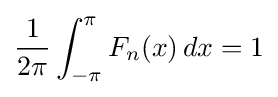
{\frac {1}{2\pi }}\int _{-\pi }^{\pi }F_{n}(x)\,dx=1